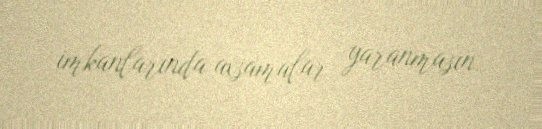
imkanlarında axsamalar yaranmasın.